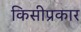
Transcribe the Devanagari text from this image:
किसीप्रकार